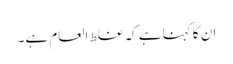
ان کا کہنا ہے کہ غلط العام ہے۔